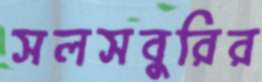
সলসবুরির